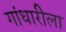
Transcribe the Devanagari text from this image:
गांधारीला